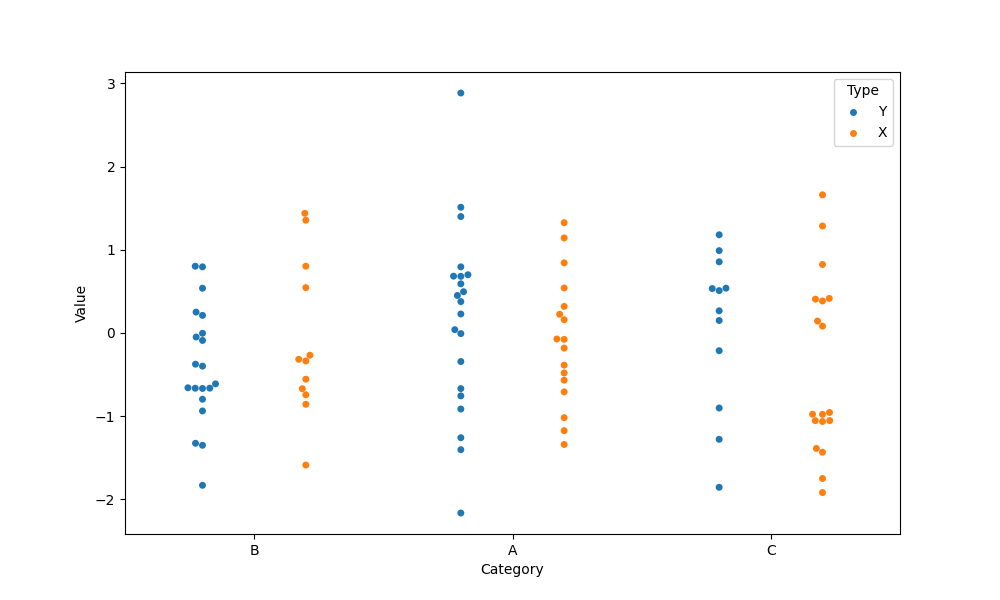
python, seaborn, swarmplot, dodge=True, alpha=1.0, size=5